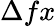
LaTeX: \Delta fx